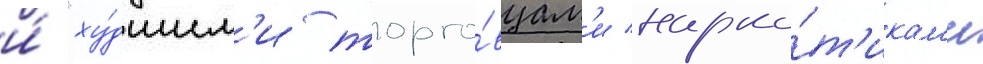
и́ "ху́дшим'и торго́вцам'и нарко́т'икам'и